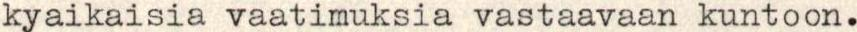
kyaikaisia vaatimuksia vastaavaan kuntoon.